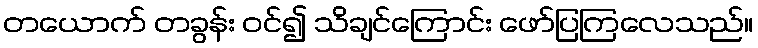
တယောက် တခွန်း ဝင်၍ သိချင်ကြောင်း ဖော်ပြကြလေသည်။